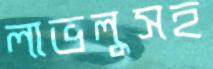
লাভলুসহ